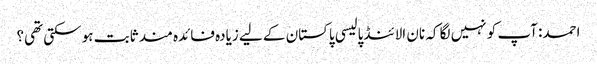
احمد: آپ کو نہیں لگا کہ نان الائنڈ پالیسی پاکستان کے لیے زیادہ فائدہ مند ثابت ہو سکتی تھی؟